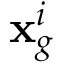
\mathbf { x } _ { g } ^ { i }